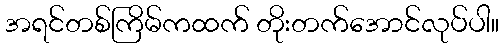
အရင်တစ်ကြိမ်ကထက် တိုးတက်အောင်လုပ်ပါ။